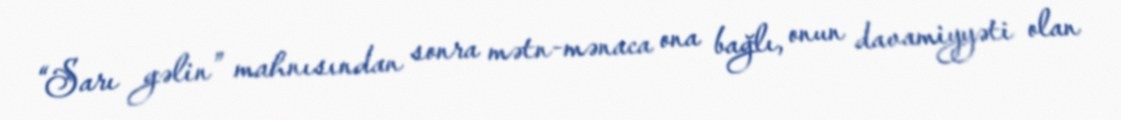
“Sarı gəlin” mahnısından sonra mətn-mənaca ona bağlı, onun davamiyyəti olan